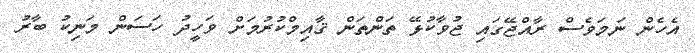
އެހެން ނަމަވެސް ރާއްޖޭގައި ޖުވާކުޅޭ ތަންތަން ޤާއިމްކުރުމަށް ވަހީދު ހަސަން މަނިކު ބާރު